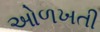
ઓળખતી